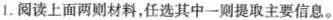
1. 阅读上面两则材料，任选其中一则提取主要信息